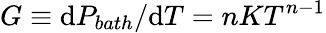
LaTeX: G\equiv\mathrm{d}P_{bath}/\mathrm{d}T=nKT^{n-1}